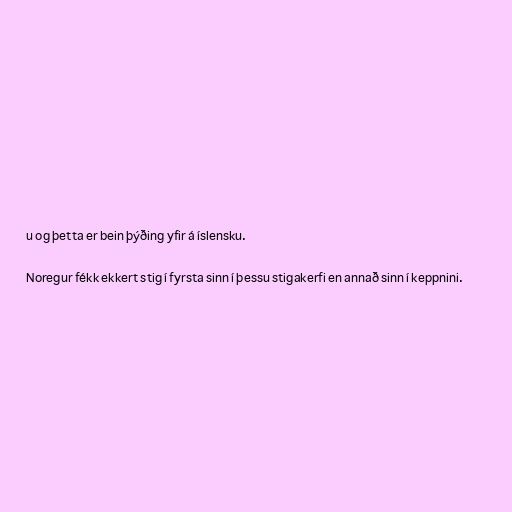
u og þetta er bein þýðing yfir á íslensku.

Noregur fékk ekkert stig í fyrsta sinn í þessu stigakerfi en annað sinn í keppnini.